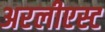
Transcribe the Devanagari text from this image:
अरलीएस्ट